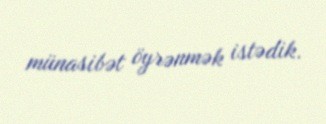
münasibət öyrənmək istədik.